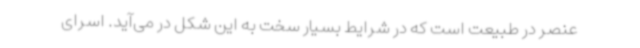
عنصر در طبیعت است که در شرایط بسیار سخت به این شکل در می‌آید. اسرای